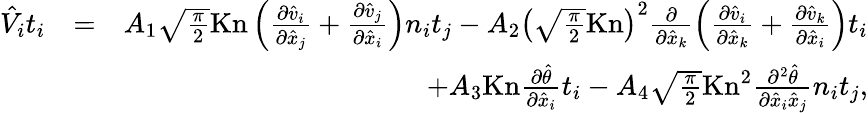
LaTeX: \begin{array}{rlr}{\hat{V}_{i}t_{i}}&{=}&{A_{1}\sqrt{\frac{\pi}{2}}\mathrm{Kn}\left(\frac{\partial\hat{v}_{i}}{\partial\hat{x}_{j}}+\frac{\partial\hat{v}_{j}}{\partial\hat{x}_{i}}\right)n_{i}t_{j}-A_{2}\left(\sqrt{\frac{\pi}{2}}\mathrm{Kn}\right)^{2}\frac{\partial}{\partial\hat{x}_{k}}\left(\frac{\partial\hat{v}_{i}}{\partial\hat{x}_{k}}+\frac{\partial\hat{v}_{k}}{\partial\hat{x}_{i}}\right)t_{i}}\\ &{}&{+A_{3}\mathrm{Kn}\frac{\partial\hat{\theta}}{\partial\hat{x}_{i}}t_{i}-A_{4}\sqrt{\frac{\pi}{2}}\mathrm{Kn}^{2}\frac{\partial^{2}\hat{\theta}}{\partial\hat{x}_{i}\hat{x}_{j}}n_{i}t_{j}\mathrm{,}}\end{array}